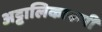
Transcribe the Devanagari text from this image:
अट्टालिकारूपी